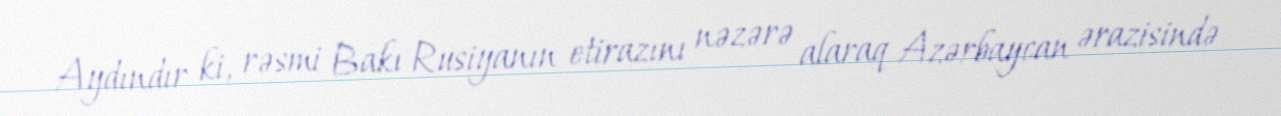
Aydındır ki, rəsmi Bakı Rusiyanın etirazını nəzərə alaraq Azərbaycan ərazisində